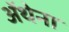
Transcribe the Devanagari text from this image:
ॲथेना